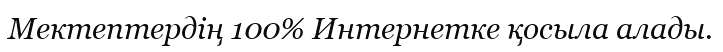
Мектептердің 100% Интернетке қосыла алады.